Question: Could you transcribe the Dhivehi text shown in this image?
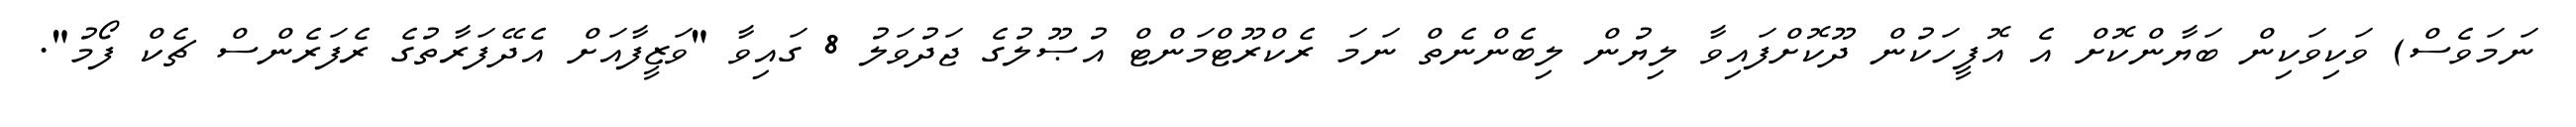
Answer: ނަމަވެސް) ވަކިވަކިން ބަޔާންކޮށް އެ އޮފީހަކުން ދޫކޮށްފައިވާ ލިޔުން ލިބެންނެތް ނަމަ ރެކްރޫޓްމަންޓް އުޞޫލުގެ ޖަދުވަލު 8 ގައިވާ "ވަޒީފާއަށް އެދޭފަރާތުގެ ރެފަރެންސް ޗެކް ފޯމު".